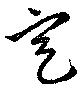
定